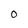
Character: O